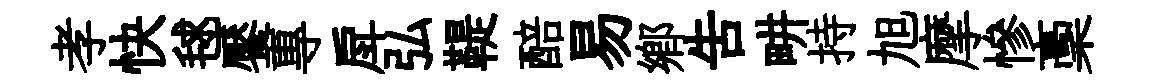
孝快毬饜專戽弘鞮醅易鄕吿畊持旭摩慘稾